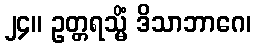
၂၄။ ဥတ္တရသ္မိံ ဒိသာဘာဂေ၊